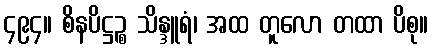
၄၉၄။ စိနပိဋ္ဌဉ္စ သိန္ဒူရံ၊ အထ တူလော တထာ ပိစု။